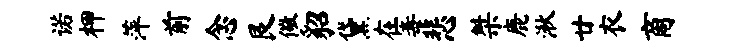
诺柙萍前念艮儆貂黛在毒悲桀鹿湫廿衣商